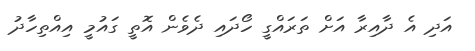
އަދި އެ ދާއިރާ އަށް ތަރައްގީ ހޯދައި ދެވެން އޮތީ ގައުމީ އިއްތިހާދު